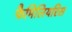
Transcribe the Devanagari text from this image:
फैमिलियरिस